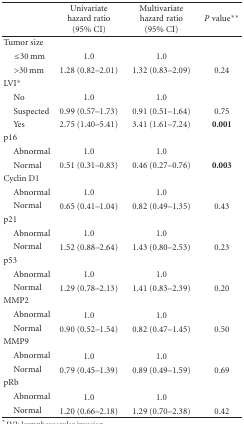
|  | Univariate hazard ratio (95% CI) | Multivariate hazard ratio (95% CI) | P value** |
 | --- | --- | --- | --- |
 | Tumor size |  |  |  |
 | ≤30 mm | 1.0 | 1.0 |  |
 | >30 mm | 1.28 (0.82–2.01) | 1.32 (0.83–2.09) | 0.24 |
 | LVI* |  |  |  |
 | No | 1.0 | 1.0 |  |
 | Suspected | 0.99 (0.57–1.73) | 0.91 (0.51–1.64) | 0.75 |
 | Yes | 2.75 (1.40–5.41) | 3.41 (1.61–7.24) | 0.001 |
 | p16 |  |  |  |
 | Abnormal | 1.0 | 1.0 |  |
 | Normal | 0.51 (0.31–0.83) | 0.46 (0.27–0.76) | 0.003 |
 | Cyclin D1 |  |  |  |
 | Abnormal | 1.0 | 1.0 |  |
 | Normal | 0.65 (0.41–1.04) | 0.82 (0.49–1.35) | 0.43 |
 | p21 |  |  |  |
 | Abnormal | 1.0 | 1.0 |  |
 | Normal | 1.52 (0.88–2.64) | 1.43 (0.80–2.53) | 0.23 |
 | p53 |  |  |  |
 | Abnormal | 1.0 | 1.0 |  |
 | Normal | 1.29 (0.78–2.13) | 1.41 (0.83–2.39) | 0.20 |
 | MMP2 |  |  |  |
 | Abnormal | 1.0 | 1.0 |  |
 | Normal | 0.90 (0.52–1.54) | 0.82 (0.47–1.45) | 0.50 |
 | MMP9 |  |  |  |
 | Abnormal | 1.0 | 1.0 |  |
 | Normal | 0.79 (0.45–1.39) | 0.89 (0.49–1.59) | 0.69 |
 | pRb |  |  |  |
 | Abnormal | 1.0 | 1.0 |  |
 | Normal | 1.20 (0.66–2.18) | 1.29 (0.70–2.38) | 0.42 |